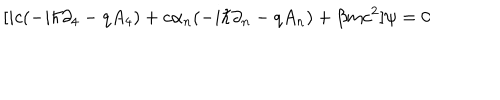
LaTeX: \lbrack i c ( - i \hbar \partial _ { 4 } - q A _ { 4 } ) + c \alpha _ { n } ( - i \hbar \partial _ { n } - q A _ { n } ) + \beta m c ^ { 2 } ] \psi = 0